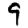
Digit: 9